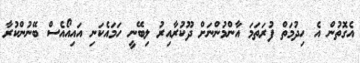
އެގޮތުން އެ ހިދުމަތް ފުރަތަމަ އާންމުންނަށް ދޫކުރާއިރު ލިބޭނީ ހަމައެކަނި އައިއޯއެސް ބޭނުންކުރާ